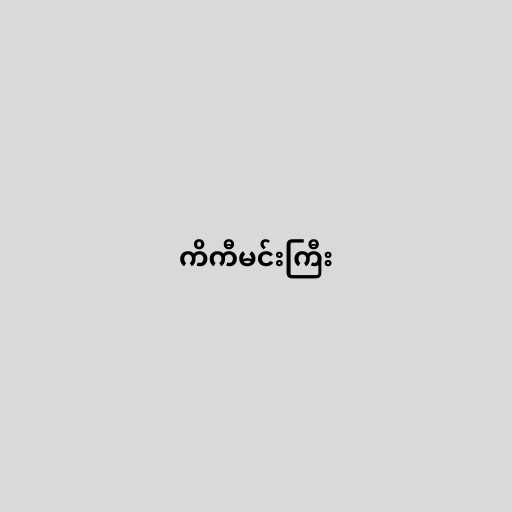
ကိကီမင်းကြီး